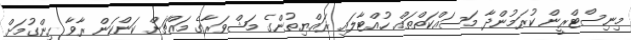
މިނިސްޓްރީން ކުރަމުންދާ މަސައްކަތްތައް ހުއްޓާލައި ރައްޔިތުންގެ މަޝްވަރާގެ މައްޗަށް ކަންކަން ރާވާ ހިންގުމަށް